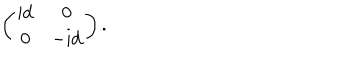
\left( \begin{matrix} { { \mathrm { i d } } } & { { 0 } } \\ { { 0 } } & { { \mathrm { - i d } } } \\ \end{matrix} \right) .